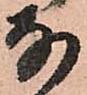
な